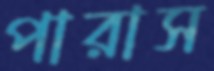
পারাস